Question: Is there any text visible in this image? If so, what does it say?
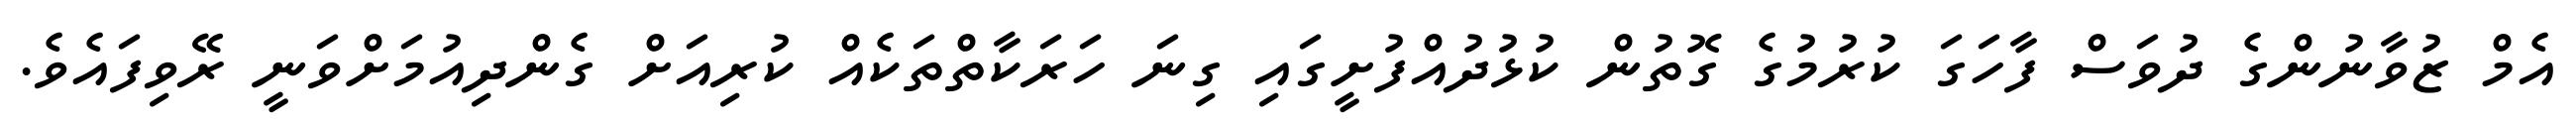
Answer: އެމް ޒުވާނުންގެ ދުވަސް ފާހަގަ ކުރުމުގެ ގޮތުން ކުޅުދުއްފުށީގައި ގިނަ ހަރަކާތްތަކެއް ކުރިއަށް ގެންދިއުމަށްވަނީ ރޭވިފައެވެ.